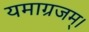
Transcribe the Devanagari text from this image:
यमाग्रजम्।